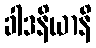
ခါဒနိယာနိ